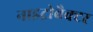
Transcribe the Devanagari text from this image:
नाइट्रोबैक्टर